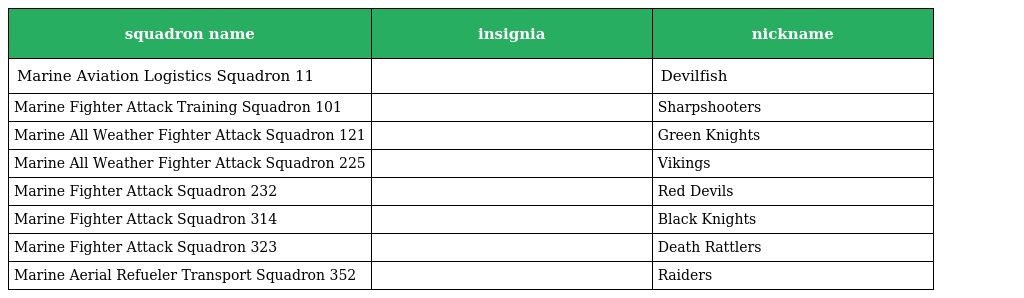
| squadron name | insignia | nickname |
 | --- | --- | --- |
 | Marine Aviation Logistics Squadron 11 |  | Devilfish |
 | Marine Fighter Attack Training Squadron 101 |  | Sharpshooters |
 | Marine All Weather Fighter Attack Squadron 121 |  | Green Knights |
 | Marine All Weather Fighter Attack Squadron 225 |  | Vikings |
 | Marine Fighter Attack Squadron 232 |  | Red Devils |
 | Marine Fighter Attack Squadron 314 |  | Black Knights |
 | Marine Fighter Attack Squadron 323 |  | Death Rattlers |
 | Marine Aerial Refueler Transport Squadron 352 |  | Raiders |